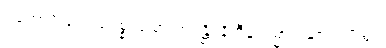
ဥဘောပိ တေ ပေစ္စ သမာ ဘဝန္တိ၊ နိဟီနကမ္မာ မနုဇာ ပရတ္ထ။